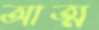
আত্ম